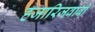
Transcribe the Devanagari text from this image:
हजारिजवाबी